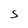
Character: S